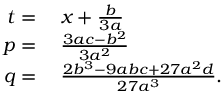
\begin{array} { r l } { t = { } } & { { } x + { \frac { b } { 3 a } } } \\ { p = { } } & { { } { \frac { 3 a c - b ^ { 2 } } { 3 a ^ { 2 } } } } \\ { q = { } } & { { } { \frac { 2 b ^ { 3 } - 9 a b c + 2 7 a ^ { 2 } d } { 2 7 a ^ { 3 } } } . } \end{array}